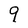
Character: 9